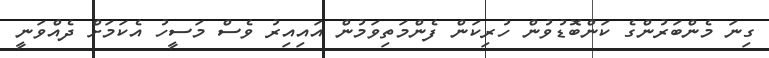
ގިނަ މެންބަރުންގެ ކަންބޮޑުވުން ހުރިކަން ފެންމަތިވަމުން އައިއިރު ވެސް މަސީހު އެކަމަށް ދެއްވަނީ